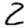
Digit: 2